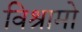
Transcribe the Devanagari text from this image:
विश्रामो